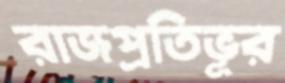
রাজপ্রতিভূর